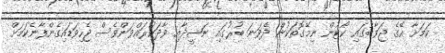
ކަމަށާ އޭގެ ޖަވާބުގައި ކޯޓުން ނިމޭގޮތަކުން ދެވަނަ ބުރުގައި ނަޝީދާއި ވާދަކުރައްވަންވެސް ޖެހިވަޑައިގެންފާނެކަމަށް